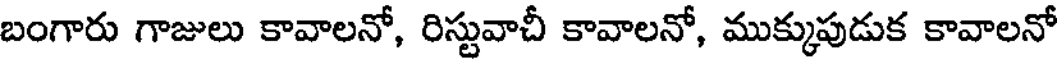
బంగారు గాజులు కావాలనో, రిస్టువాచీ కావాలనో, ముక్కుపుడుక కావాలనో